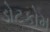
ડોટકોમ